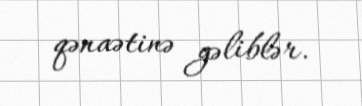
qənaətinə gəliblər.